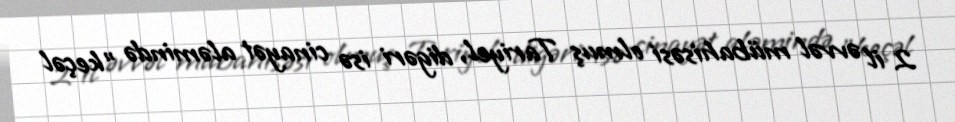
2 il əvvəl mübahisəsi olmuş Tariyel, digəri isə cinayət aləmində ”keçəl